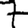
Digit: 7